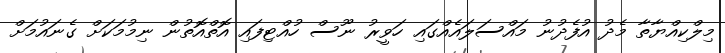
މިލްކިއްޔާތާ މެދު އުފެދުނު މައްސަލައެއްގައި ހަވީރު ނޫސް ހުއްޓިފައި އޮތްއޮތުން ނިމުމަކަށް ގެނައުމަށް